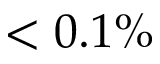
< 0 . 1 \%